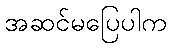
အဆင်မပြေပါက